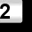
Digit: 2